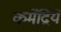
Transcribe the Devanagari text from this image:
कर्मेंद्रियें